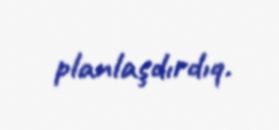
planlaşdırdıq.